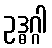
ဥဒ္ဓဂ္ဂါ